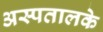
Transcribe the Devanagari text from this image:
अस्पतालके